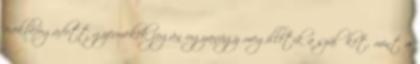
örökbefogadott gyermekek jogán ugyanúgy megilletik a szülőket, mint a